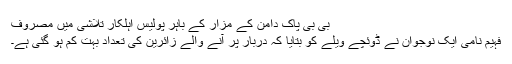
بی بی پاک دامن کے مزار کے باہر پولیس اہلکار تلاشی میں مصروف
فہیم نامی ایک نوجوان نے ڈوئچے ویلے کو بتایا کہ دربار پر آنے والے زائرین کی تعداد بہت کم ہو گئی ہے۔